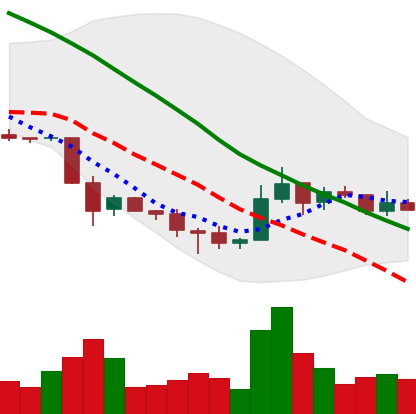
Ticker: TRX-USD
Chart end date: 2018-12-05
Forward return: -4.551%
Label: down_3_5